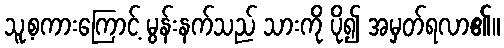
သူ့စကားကြောင့် မွန်းနက်သည် သားကို ပို၍ အမှတ်ရလာ၏။